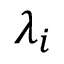
\lambda _ { i }